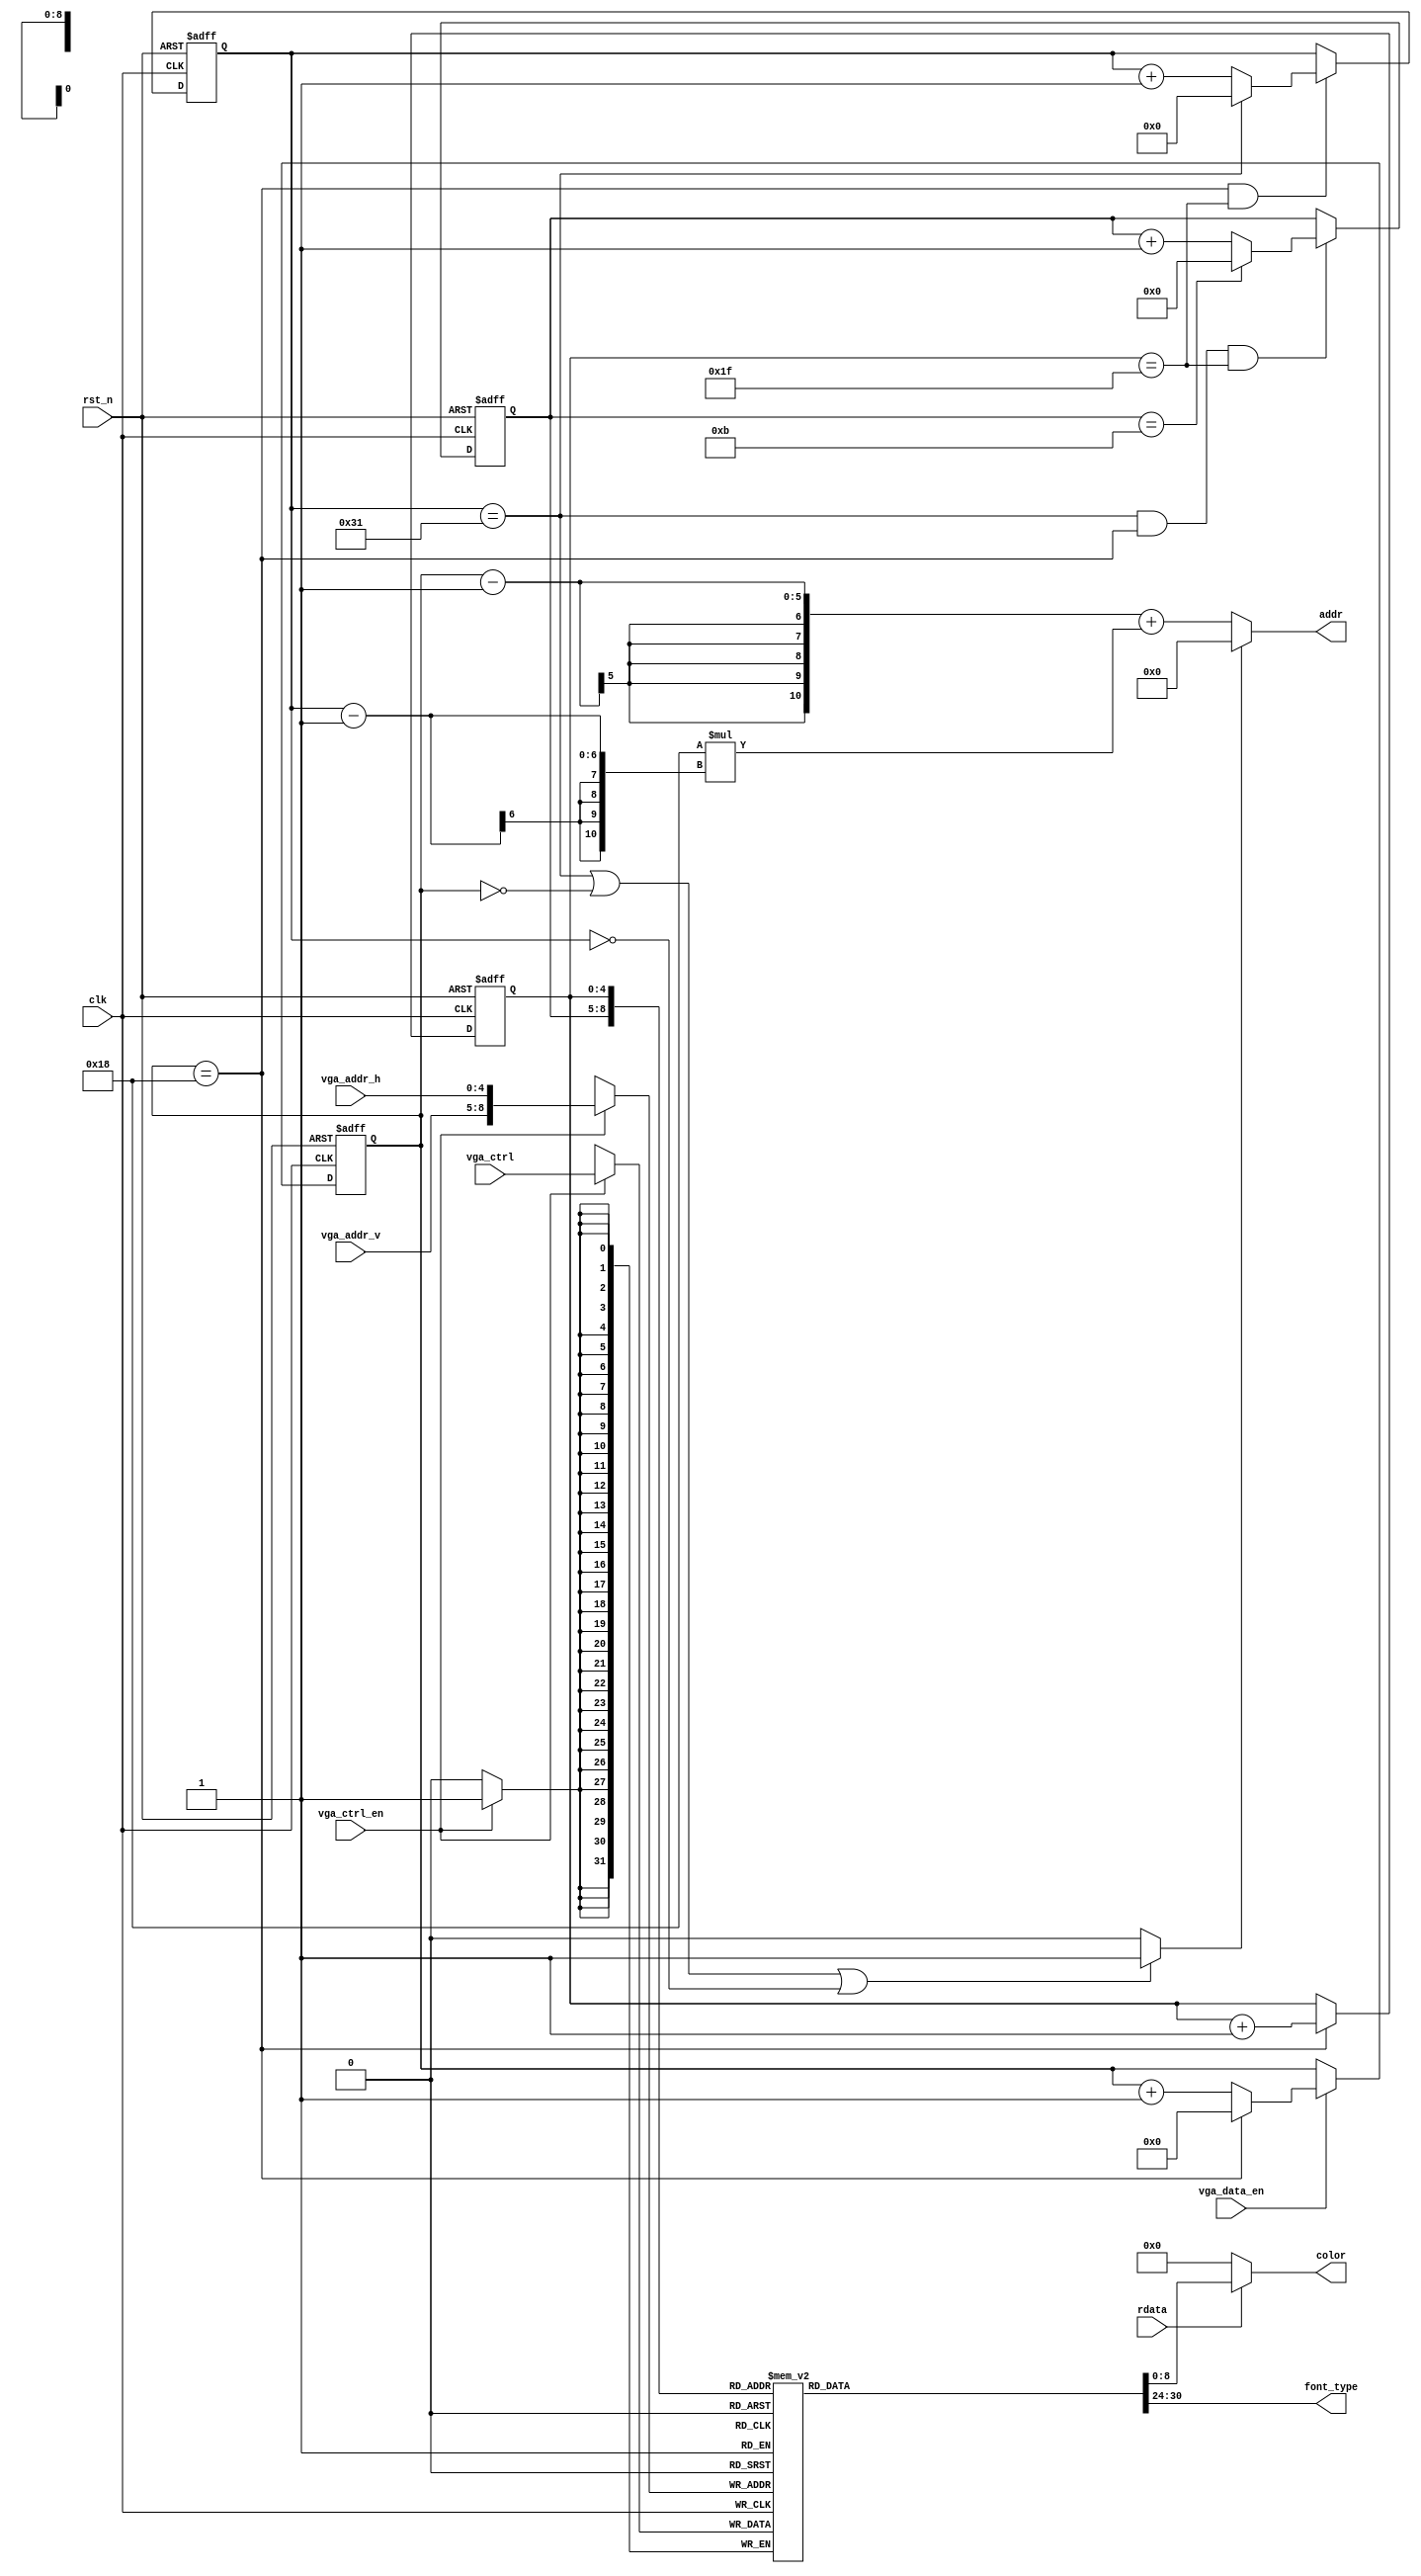
module vga_controler (input rst_n,
                      input clk,
                      input vga_data_en,
                      input rdata,
                      input [3:0] vga_addr_v,
                      input [4:0] vga_addr_h,
                      input [31:0] vga_ctrl,
                      input vga_ctrl_en,
                      output [10:0] addr,
                      output [8:0] color,
                      output [6:0] font_type);
    
    /*
     block control reg
     12 * 32 * 32
     v  * h  * bits
     8-0:    color
     17-9:   background (not implemented)
     21-18:  board(white only) (not implemented)
     ...:    reserved
     31-24:  font_type
     */
    reg [31:0] block_ctrl[383:0];
    reg [4:0] hblock_cnt;
    wire [4:0] hblock_cnt_n;
    reg [3:0] vblock_cnt;
    wire [3:0] vblock_cnt_n;
    reg [4:0] hsyn_cnt;
    wire [4:0] hsyn_cnt_n;
    reg [5:0] vsyn_cnt;
    wire [5:0] vsyn_cnt_n;
    wire board;
    wire [9:0] tmp1;
    wire [9:0] tmp2;
    assign tmp1 = {vga_addr_v,vga_addr_h};
    assign tmp2 = (vblock_cnt<<5)+hblock_cnt;
    always @(posedge clk) begin
        if (vga_ctrl_en)
            block_ctrl[{vga_addr_v,vga_addr_h}] <= vga_ctrl;
            end
        
        assign font_type    = block_ctrl[{vblock_cnt,hblock_cnt}][31:24];
        // assign font_type = (hblock_cnt + vblock_cnt * 6'd32)&7'h7f;
        
        assign board = ((vsyn_cnt == 6'd49)||(hsyn_cnt == 5'd0)||(vsyn_cnt == 6'd0))?1'b1:1'd0;
        
        assign addr = (board)?11'd0:hsyn_cnt - 11'd1 + 11'd24* (vsyn_cnt-11'd1);
        
        assign color = rdata?block_ctrl[{vblock_cnt,hblock_cnt}][8:0]:9'h0;
        
        assign hblock_cnt_n = (hsyn_cnt == 5'd24)?hblock_cnt+1'b1:hblock_cnt;
        always @(posedge clk or negedge rst_n) begin
            if (!rst_n)
                hblock_cnt <= 5'd0;
            else
                hblock_cnt <= hblock_cnt_n;
        end
        
        assign hsyn_cnt_n = (~vga_data_en)?hsyn_cnt:
        (hsyn_cnt == 5'd24)?5'd0:hsyn_cnt + 1'b1;
        
        always @(posedge clk or negedge rst_n) begin
            if (!rst_n)
                hsyn_cnt <= 5'd0;
            else
                hsyn_cnt <= hsyn_cnt_n;
        end
        
        assign vblock_cnt_n = !((vsyn_cnt == 6'd49)&&(hsyn_cnt == 5'd24)&&(hblock_cnt == 5'd31))?vblock_cnt:
        (vblock_cnt == 4'd11)?4'd0:vblock_cnt+1'b1;
        always @(posedge clk or negedge rst_n) begin
            if (!rst_n)
                vblock_cnt <= 4'd0;
            else
                vblock_cnt <= vblock_cnt_n;
        end
        
        assign vsyn_cnt_n = ~((hsyn_cnt == 5'd24)&&(hblock_cnt == 5'd31))?vsyn_cnt:
        (vsyn_cnt == 6'd49)?6'd0:vsyn_cnt + 1'b1;
        always @(posedge clk or negedge rst_n) begin
            if (!rst_n)
                vsyn_cnt <= 6'd0;
            else
                vsyn_cnt <= vsyn_cnt_n;
        end
        endmodule